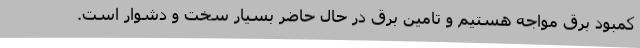
کمبود برق مواجه هستیم و تامین برق در حال حاضر بسیار سخت و دشوار است.